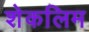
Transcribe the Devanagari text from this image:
शेकलिम